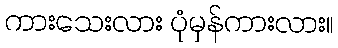
ကားသေးလား ပုံမှန်ကားလား။